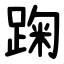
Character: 踘